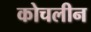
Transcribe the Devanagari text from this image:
कोचलीन